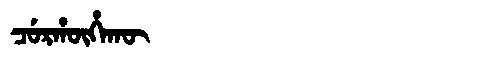
Manchu: ᠴᡠᡵᡥᡡᡥᠠᡴᡡ
Romanization: CURHŪHAKŪ